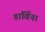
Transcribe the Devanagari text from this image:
डार्विन।